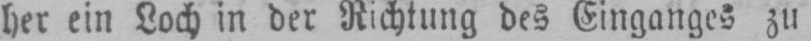
her ein Loch in der Richtung des Einganges zu